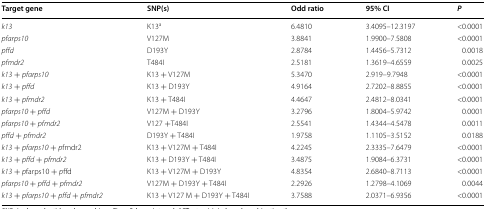
<table><thead><tr><td><b>Target gene</b></td><td><b>SNP(s)</b></td><td><b>Odd ratio</b></td><td><b>95% CI</b></td><td><b><i>P</i></b></td></tr></thead><tbody><tr><td><i>k13</i></td><td>K13<sup>a</sup></td><td>6.4810</td><td>3.4095–12.3197</td><td>&lt;0.0001</td></tr><tr><td><i>pfarps10</i></td><td>V127M</td><td>3.8841</td><td>1.9900–7.5808</td><td>&lt;0.0001</td></tr><tr><td><i>pffd</i></td><td>D193Y</td><td>2.8784</td><td>1.4456–5.7312</td><td>0.0018</td></tr><tr><td><i>pfmdr2</i></td><td>T484I</td><td>2.5181</td><td>1.3619–4.6559</td><td>0.0025</td></tr><tr><td><i>k13</i> + <i>pfarps10</i></td><td>K13 + V127M</td><td>5.3470</td><td>2.919–9.7948</td><td>&lt;0.0001</td></tr><tr><td><i>k13</i> + <i>pffd</i></td><td>K13 + D193Y</td><td>4.9164</td><td>2.7202–8.8855</td><td>&lt;0.0001</td></tr><tr><td><i>k13</i> + <i>pfmdr2</i></td><td>K13 + T484I</td><td>4.4647</td><td>2.4812–8.0341</td><td>&lt;0.0001</td></tr><tr><td><i>pfarps10</i> + <i>pffd</i></td><td>V127M + D193Y</td><td>3.2796</td><td>1.8004–5.9742</td><td>0.0001</td></tr><tr><td><i>pfarps10</i> + <i>pfmdr2</i></td><td>V127 +T484I</td><td>2.5541</td><td>1.4344–4.5478</td><td>0.0011</td></tr><tr><td><i>pffd</i> + <i>pfmdr2</i></td><td>D193Y + T484I</td><td>1.9758</td><td>1.1105–3.5152</td><td>0.0188</td></tr><tr><td><i>k13</i> + <i>pfarps10</i> + <i>p</i>fmdr2</td><td>K13 + V127M + T484I</td><td>4.2245</td><td>2.3335–7.6479</td><td>&lt;0.0001</td></tr><tr><td><i>k13</i> + <i>pffd</i> + <i>pfmdr2</i></td><td>K13 + D193Y + T484I</td><td>3.4875</td><td>1.9084–6.3731</td><td>&lt;0.0001</td></tr><tr><td><i>k13</i> + <i>p</i>farps10 + <i>p</i>ffd</td><td>K13 + V127M + D193Y</td><td>4.8354</td><td>2.6840–8.7113</td><td>&lt;0.0001</td></tr><tr><td><i>pfarps10</i> + <i>pffd</i> + <i>pfmdr2</i></td><td>V127M + D193Y + T484I</td><td>2.2926</td><td>1.2798–4.1069</td><td>0.0044</td></tr><tr><td><i>k13</i> + <i>pfarps10</i> + <i>pffd</i> + <i>pfmdr2</i></td><td>K13 + V127 M + D193Y + T484I</td><td>3.7588</td><td>2.0371–6.9356</td><td>&lt;0.0001</td></tr></tbody></table>